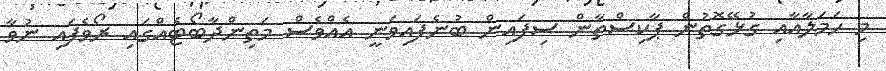
މި ހަމަލާއާއި ގުޅޭގޮތުން ޕާކިސްތާން ސިފައިން ބުނެފައިވަނީ އެއްވެސް މަތިންދާބޯޓެއްގައި ރޯވެފައި ނުވާ